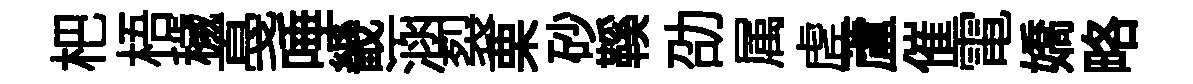
杷梧穢戞唾畿涵裂栗砂鞵劭属虗蘆催電嬌略